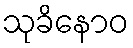
သုခိနောဝ